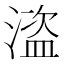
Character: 𰜽